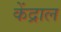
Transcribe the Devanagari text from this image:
केंद्राल